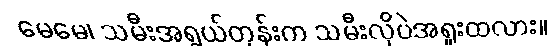
မေမေ၊ သမီးအရွယ်တုန်းက သမီးလိုပဲအရူးထလား။